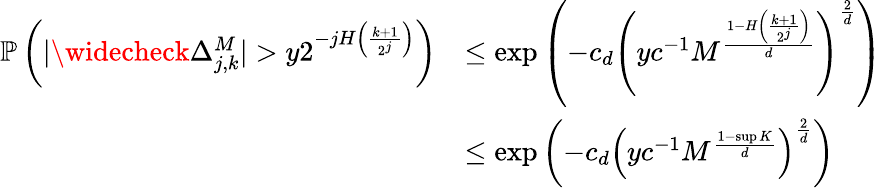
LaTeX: \begin{array}{rl}{\mathbb{P}\left(|\widecheck{\Delta}_{j,k}^{M}|>y2^{-jH\left(\frac{k+1}{2^{j}}\right)}\right)}&{\leq\exp\left(-c_{d}\left(yc^{-1}M^{\frac{1-H\left(\frac{k+1}{2^{j}}\right)}{d}}\right)^{\frac{2}{d}}\right)}\\ &{\leq\exp\left(-c_{d}\left(yc^{-1}M^{\frac{1-\operatorname*{sup}K}{d}}\right)^{\frac{2}{d}}\right)}\end{array}